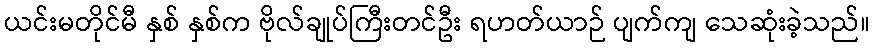
ယင်းမတိုင်မီ နှစ် နှစ်က ဗိုလ်ချုပ်ကြီးတင်ဦး ရဟတ်ယာဉ် ပျက်ကျ သေဆုံးခဲ့သည်။